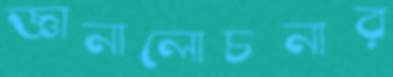
জ্ঞানালোচনার